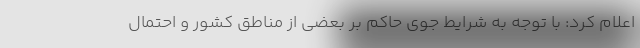
اعلام ‌کرد: با توجه به شرایط جوی حاکم بر بعضی از مناطق کشور و احتمال